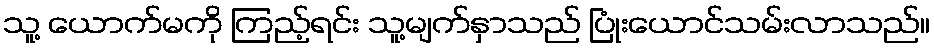
သူ့ ယောက်မကို ကြည့်ရင်း သူ့မျက်နှာသည် ပြုံးယောင်သမ်းလာသည်။